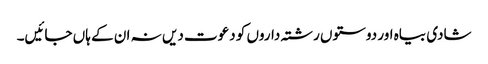
شادی بیاہ اور دوستوں رشتہ داروں کو دعوت دیں نہ ان کے ہاں جائیں۔